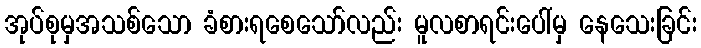
အုပ်စုမှအသစ်သော ခံစားရစေသော်လည်း မူလစာရင်းပေါ်မှ နေသေးခြင်း